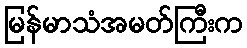
မြန်မာသံအမတ်ကြီးက